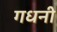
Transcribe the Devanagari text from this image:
गधनी